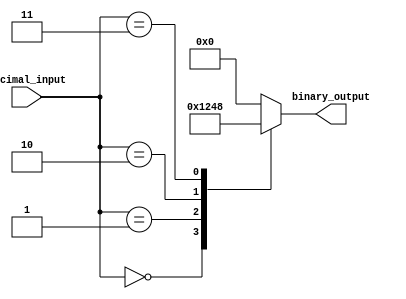
module Decimal_Priority_Encoder (
    input [3:0] decimal_input,
    output reg [3:0] binary_output
);

always @* begin
    case(decimal_input)
        4'b0000: binary_output = 4'b0001; // Priority 0
        4'b0001: binary_output = 4'b0010; // Priority 1
        4'b0010: binary_output = 4'b0100; // Priority 2
        4'b0011: binary_output = 4'b1000; // Priority 3
        default: binary_output = 4'b0000; // Default case
    endcase
end

endmodule